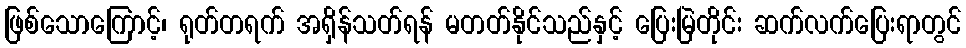
ဖြစ်သောကြောင့်၊ ရုတ်တရက် အရှိန်သတ်ရန် မတတ်နိုင်သည်နှင့် ပြေးမြဲတိုင်း ဆက်လက်ပြေးရာတွင်